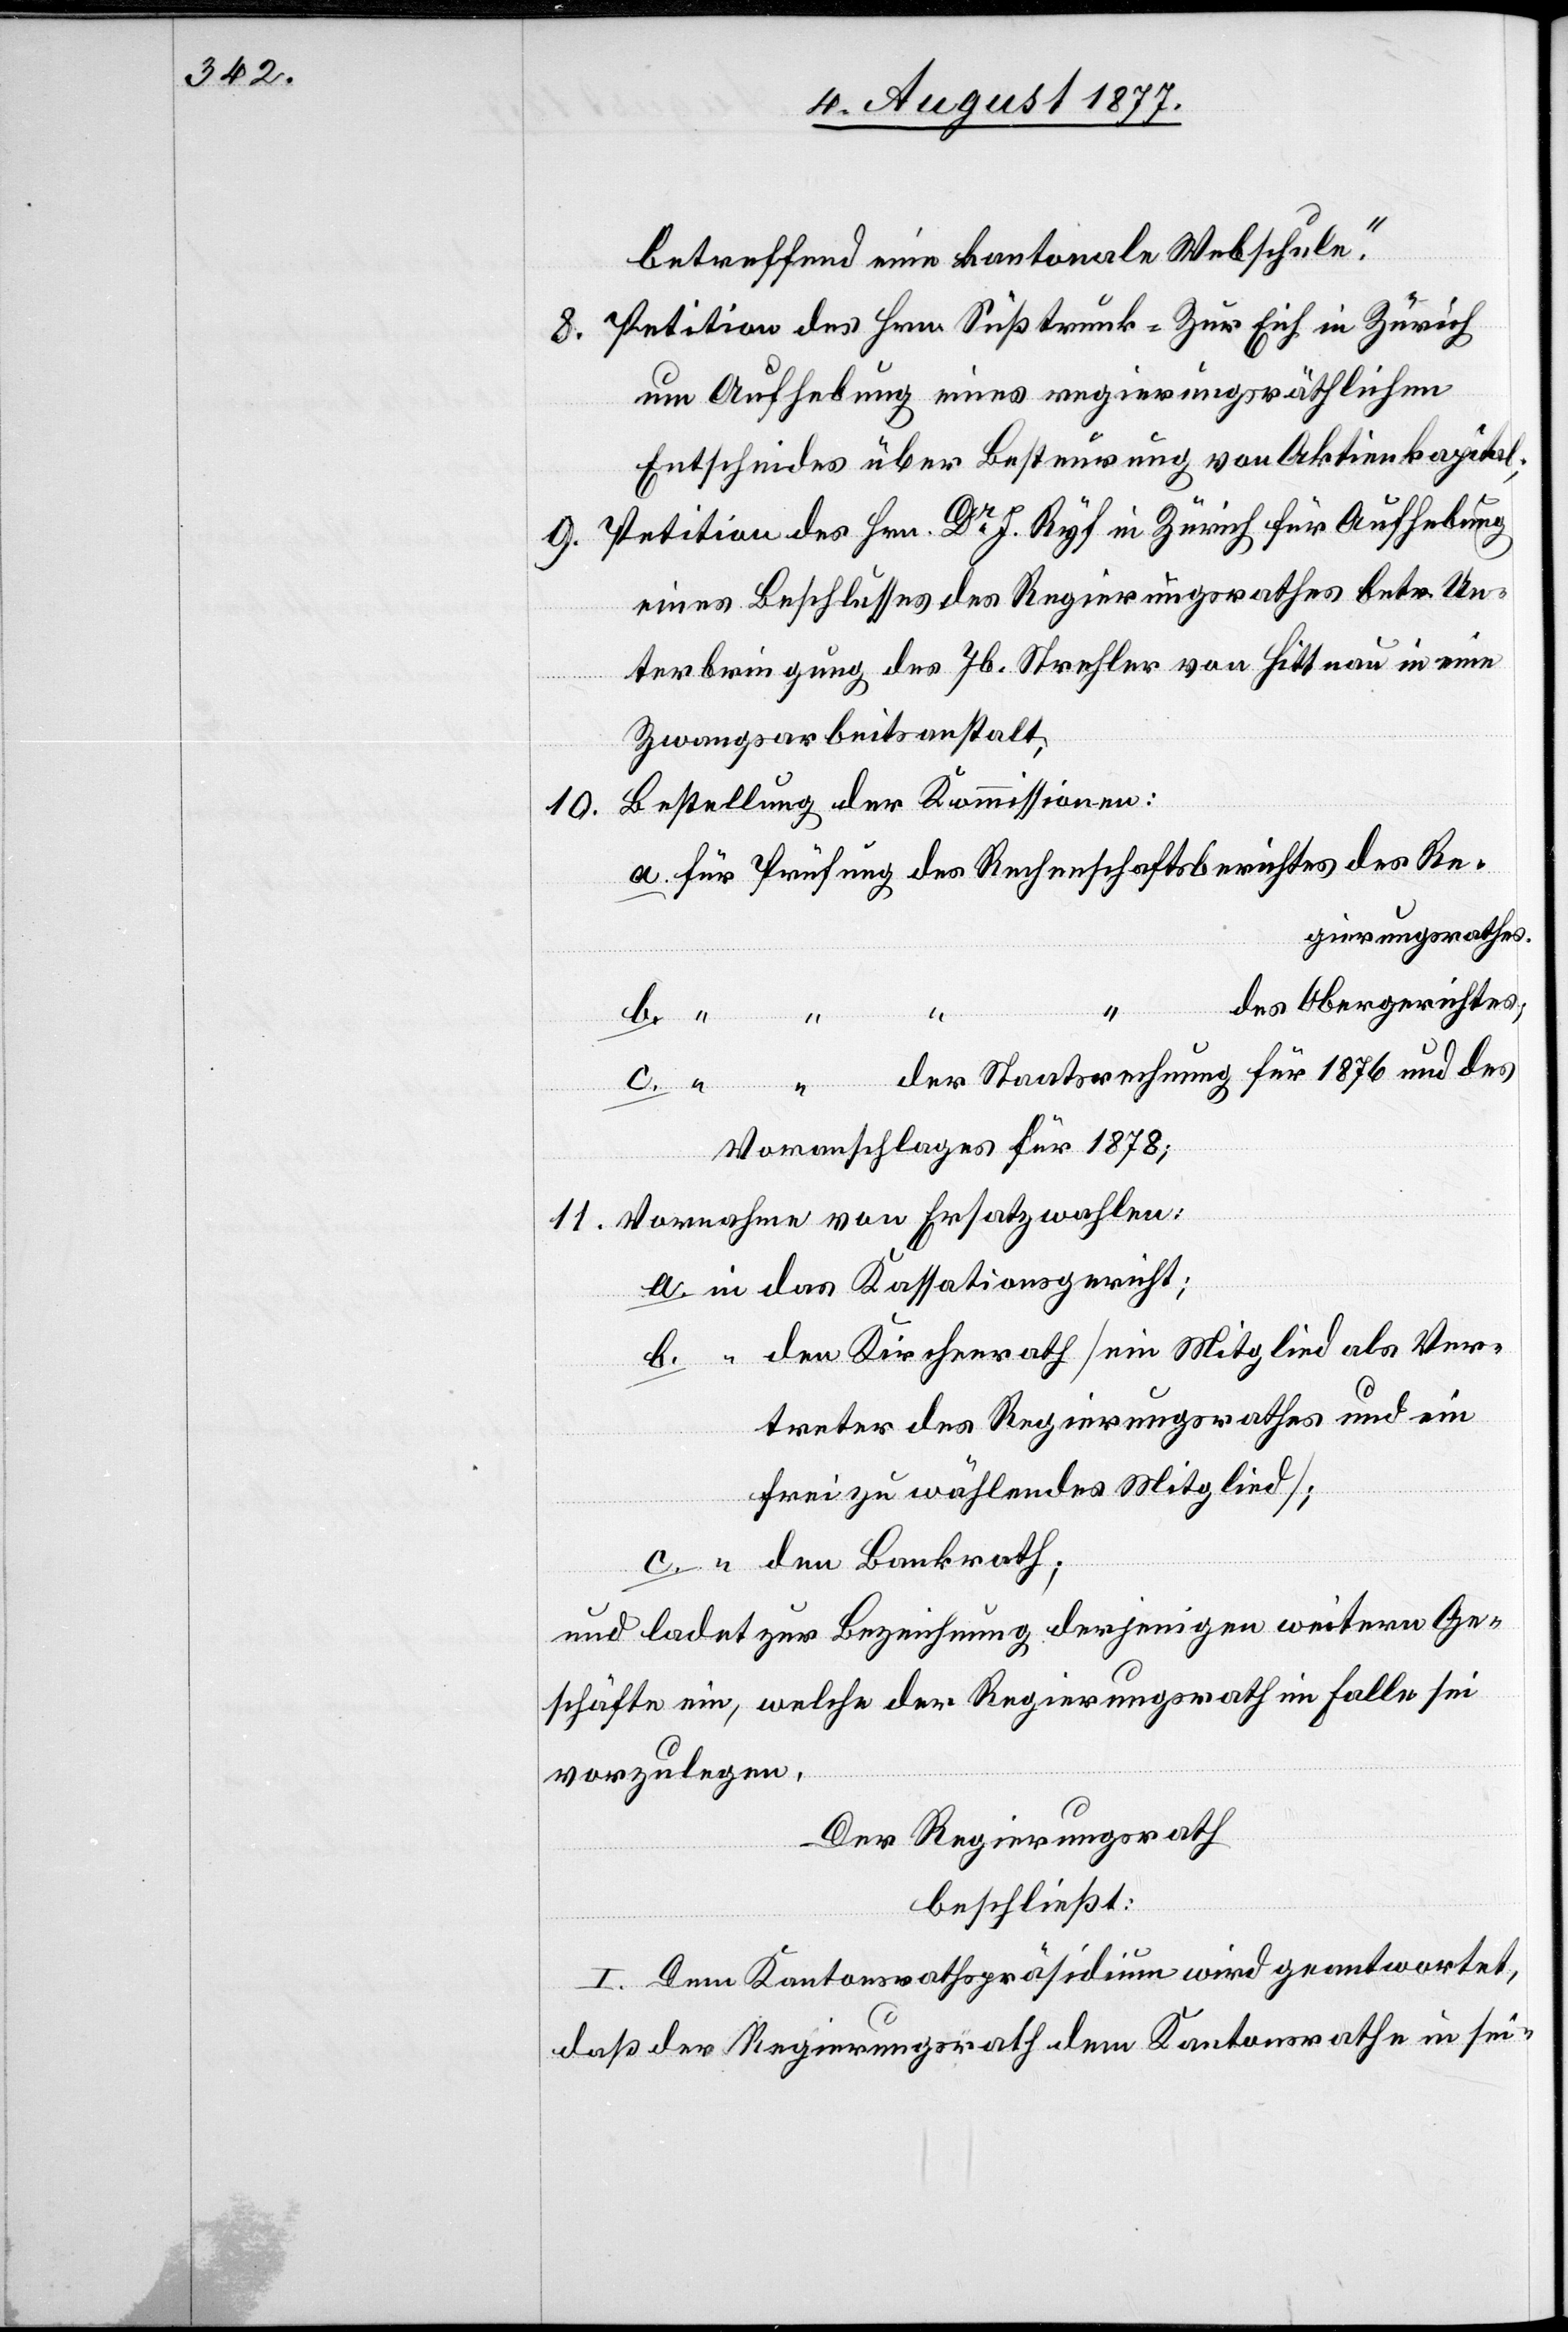
betreffend eine kantonale Webschule“.
Petition des Hrn. Süßtrunk-Zur Eich in Zürich
um Aufhebung eines regierungsräthlichen
Entscheides über Besteurung von Aktienkapital;
Petition des Hrn. Dr J. Ryf in Zürich für Aufhebung
eines Beschlusses des Regierungsrathes betr. Un¬
terbringung des Jb. Strehler von Hittnau in eine
Zwangsarbeitsanstalt;
Bestellung der Kommissionen:
a.
für Prüfung des Rechenschaftsberichtes des Re¬
gierungsrathes.
des Obergerichtes;
b.
der Staatsrechnung für 1876 und des
Voranschlages für 1878;
Vornahme von Ersatzwahlen:
in das Kassationsgericht;
“ den Kirchenrath [ein Mitglied als Ver¬
treter des Regierungsrathes und ein
“ den Bankrath;
und ladet zur Bezeichnung derjenigen weitern Ge¬
schäfte ein, welche der Regierungsrath im Falle sei
vorzulegen.
c.
Der Regierungsrath
beschließt:
I. Dem Kantonsrathspräsidium wird geantwortet,
daß der Regierungsrath dem Kantonsrathe in sei-